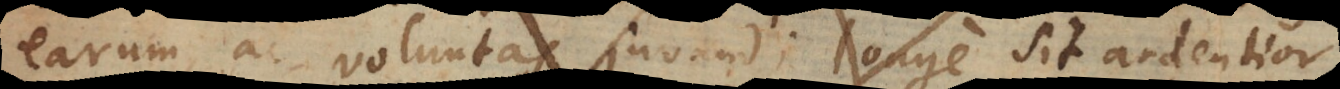
earum ac juvandi voluntas juvandi longe sit ardentior,